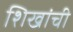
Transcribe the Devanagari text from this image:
शिखांची